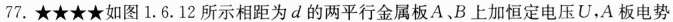
77.★★★★如图1.6.12所示相距为d的两平行金属板A.B上加恒定电压U，A板电势